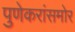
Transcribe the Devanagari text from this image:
पुणेकरांसमोर